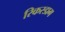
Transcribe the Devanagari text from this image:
रिकस्डाग